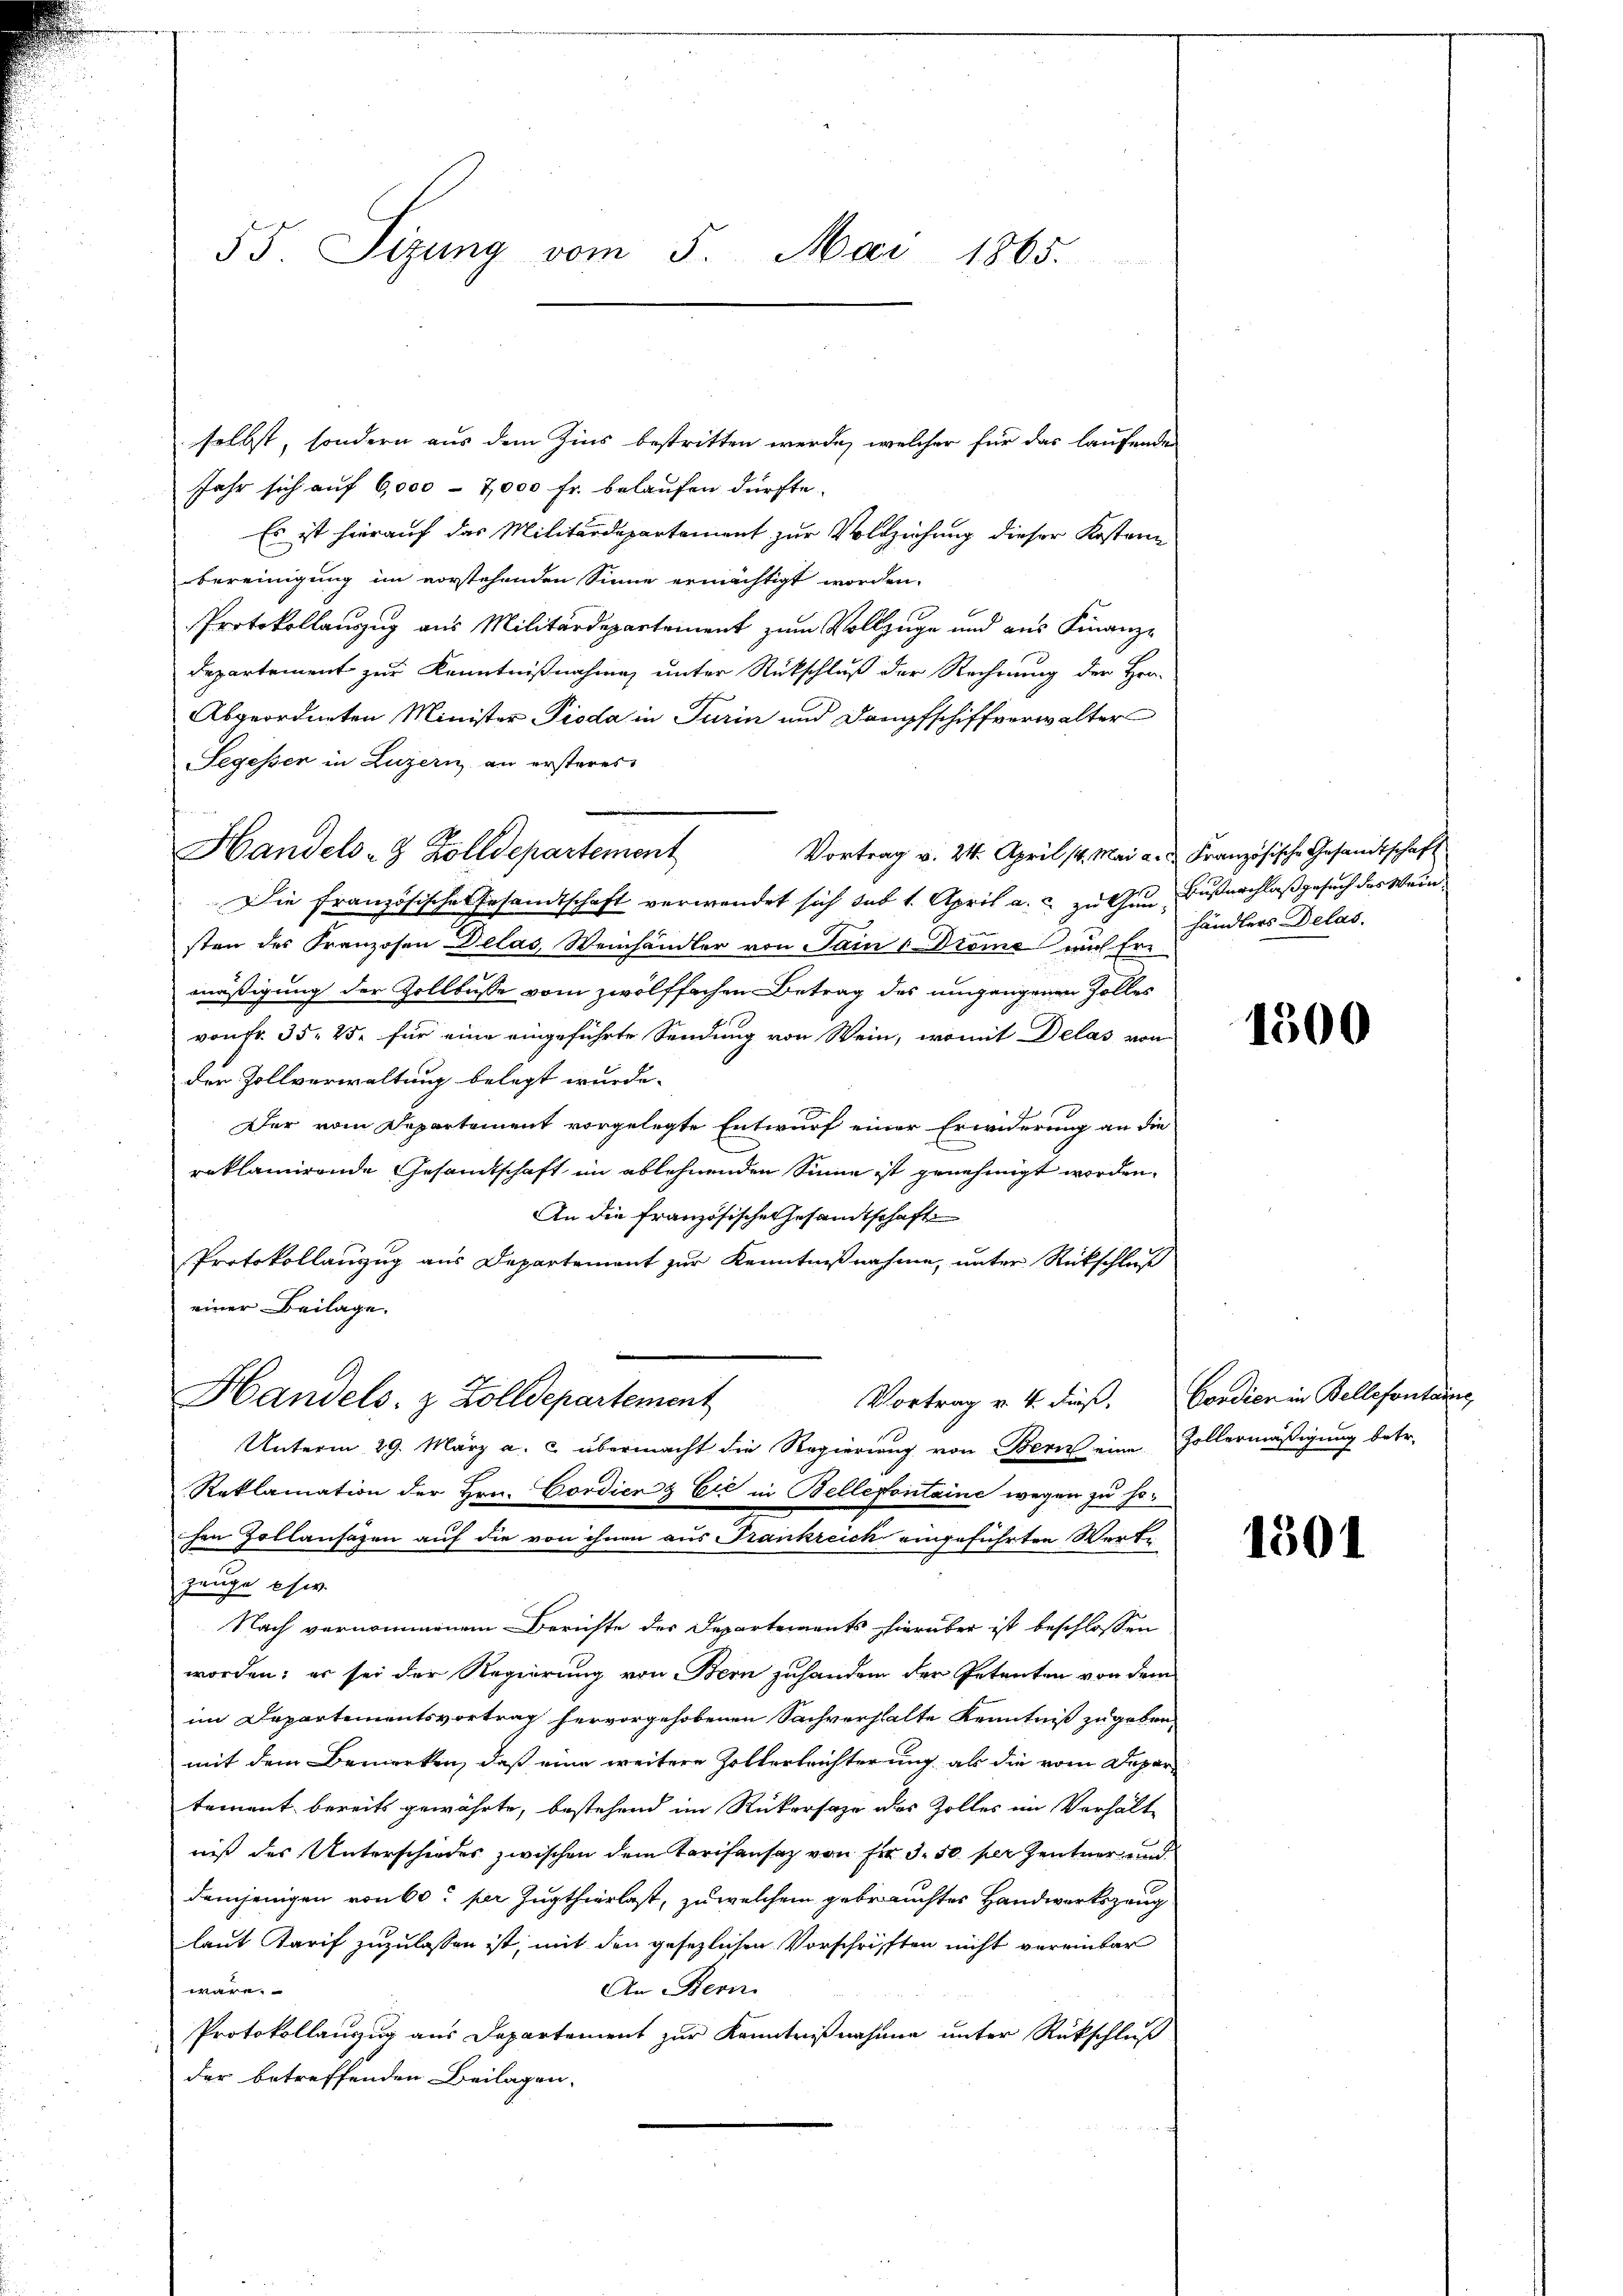
55. Sizung vom 5. Mai 1865.

selbst, sondern aus dem Zins bestritten werde, welcher für das laufenden
Jahr sich auf 6,000 - 7000 fr. belaufen dürfte.
Es ist hierauf das Militärdepartement zur Vollziehung dieser Kosten
bereinigung im vorstehenden Sinne ermächtigt worden.
Protokollauszug aus Militärdepartement zum Vollzuge und aus Finanz-
Departement zur Kenntnißnahme unter Rückschluß der Rechnung der Her-
Abgeordneten Minister Pioda in Turin und Dampfschiffverwalter
Segesser in Luzern an ersteres
Vortrag v. 24. April 14. Mai a. u. Französische Gesandtschaft
Die französisches Gesandtschaft verwendet sich sub 1. April a. u. zu Gun Fußnachlaß gesuch des Weinsten des Franzosen Delas, Weinhändler von Sain " Drome auch fre
mäßigung der Zollbusse vom zwölffachen Betrag des umgangenen Zolles
von Fr. 35. 25. für eine eingeführte Sendung von Wein, womit Delas von
der Zollverwaltung belegt wurde.
Der vom Departement vorgelegte Entwurf einer Erwiderung an die
reklamirende Gesandtschaft im ablehnenden Sinne ist genehmigt worden.
An die Französischen Gesandtschaft
Protokollanzug aus Departement zur Kenntnißnahme, unter Rückschluß
einer Beilage.
Handels- & Zolldepartement
Vortrag v. 4. Fuß.
Unterm 29. März a. c. übermacht die Regierung von Bern eine Zollermäßigung betr.
Reklamation der Hrn. Cordien & Cie in Bellefontaine wegen zu hohen Zollansazen auf die von ihnen aus Frankreich eingeführten Werke
zeuge es.
Nach vernommenem Berichte des Departements hierüber ist beschlossen
worden; er sei der Regierung von Bern zuhanden der Petenten von dem
im Departementsvortrag hervorgehobenen Sachverhalte Kenntniß zugeben,
mit dem Bemerken, daß eine weitere Holterleichterung als die vom Departement bereits gewährte, bestehend im Rückersage des Zolles im Verhält-
niß des Unterschiedes zwischen dem Tarifensaz von für 3. 50 per Zentner und
demjenigen von 60. per Zugthierlast, zu welchem gebrauchtes Handwerkszeuglaut Karif zuzulassen ist, mit den gesetzlichen Vorschriften nicht vereinbar
An Bern
wäre.
Protokollauszug aus Departement zur Kenntnißnahme unter Rückschluß
der betreffenden Beilagen.

Handels- & Zolldepartement

händlers Delas

1500

Condien in Bellefontains

1501